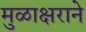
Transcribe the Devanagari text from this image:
मुळाक्षराने